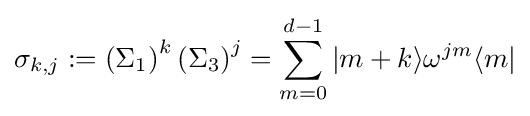
\sigma _{k,j}:=\left(\Sigma _{1}\right)^{k}\left(\Sigma _{3}\right)^{j}=\sum _{m=0}^{d-1}|m+k\rangle \omega ^{jm}\langle m|